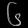
Digit: ၆